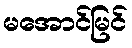
မအောင်မြင်